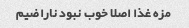
مزه غذا اصلا خوب نبود ناراضیم